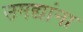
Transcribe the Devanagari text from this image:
उमद्यांना